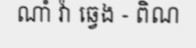
ណាំ វ៉ា ឆ្វេង - ពិណ